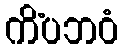
ကိံပဘဝံ